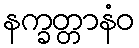
နက္ခတ္တာနံဝ